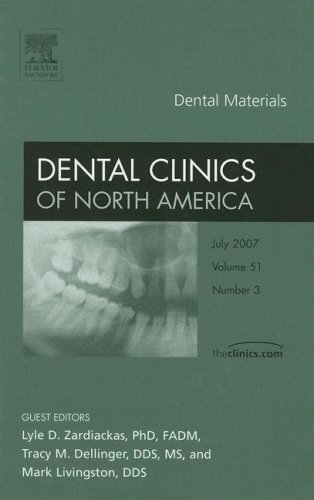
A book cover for Dental Materials, An Issue of Dental Clinics, 1e (The Clinics: Dentistry); L. Zardiackas; Medical Books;